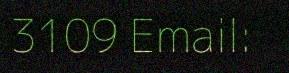
3109 Email: